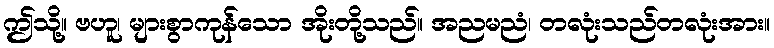
ဤသို့။ ဗဟူ၊ များစွာကုန်သော အိုးတို့သည်။ အညမညံ၊ တလုံးသည်တလုံးအား။